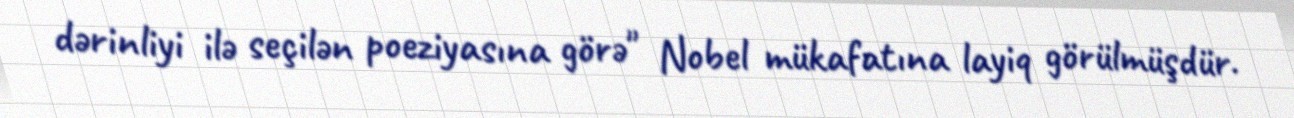
dərinliyi ilə seçilən poeziyasına görə" Nobel mükafatına layiq görülmüşdür.